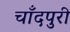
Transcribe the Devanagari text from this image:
चाँदपुरी